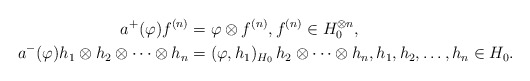
\begin{align*}a^+(\varphi)f^{(n)}&=\varphi\otimes f^{(n)},f^{(n)}\in H_0^{\otimes n},\\a^-(\varphi)h_1\otimes h_2\otimes\dots\otimes h_n&=(\varphi,h_1)_{H_0}\,h_2\otimes\dots\otimes h_n, h_1,h_2,\dots,h_n\in H_0.\end{align*}